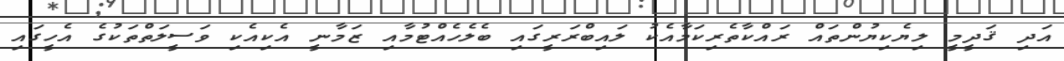
އަދި ޤަދީމީ ލިޔެކިޔުންތައް ރައްކާތެރިކަމާއެކު ލައިބްރަރީގައި ބެލެހެއްޓުމާއި ޒަމާނީ އެކިއެކި ވަސީލަތްތަކުގެ އެހީގައި